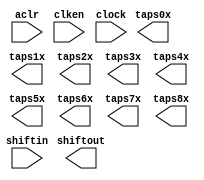
module line_buf_20pts_9lines (
	aclr,
	clken,
	clock,
	shiftin,
	shiftout,
	taps0x,
	taps1x,
	taps2x,
	taps3x,
	taps4x,
	taps5x,
	taps6x,
	taps7x,
	taps8x);

	input	  aclr;
	input	  clken;
	input	  clock;
	input	[15:0]  shiftin;
	output	[15:0]  shiftout;
	output	[15:0]  taps0x;
	output	[15:0]  taps1x;
	output	[15:0]  taps2x;
	output	[15:0]  taps3x;
	output	[15:0]  taps4x;
	output	[15:0]  taps5x;
	output	[15:0]  taps6x;
	output	[15:0]  taps7x;
	output	[15:0]  taps8x;
`ifndef ALTERA_RESERVED_QIS
// synopsys translate_off
`endif
	tri1	  aclr;
	tri1	  clken;
`ifndef ALTERA_RESERVED_QIS
// synopsys translate_on
`endif

endmodule